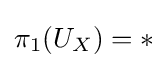
\pi _{1}(U_{X})=*